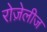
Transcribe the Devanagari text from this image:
रोज़ेलीज